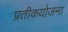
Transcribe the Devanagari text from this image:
प्रतीकयोजना